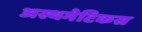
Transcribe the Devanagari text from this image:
अस्थमेटिकस